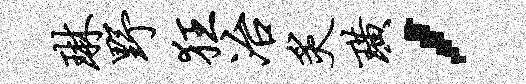
琳野狂冶炙璜，